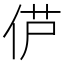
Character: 𫢠